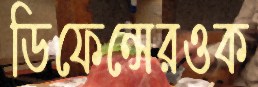
ডিফেন্সেরওক